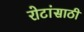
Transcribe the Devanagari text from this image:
रोटांसाठी